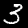
Label: 3